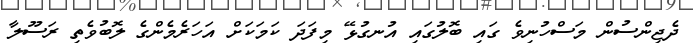
ދެޖިންސުން މަސްހުނިވެ ގައި ބޮލުގައި އުނގުޅޭ މިފަދަ ކަމަކަށް އަހަރެމެންގެ ލޮބުވެތި ރަސޫލާ